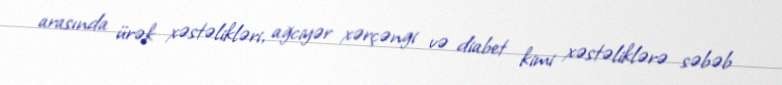
arasında ürək xəstəlikləri, ağciyər xərçəngi və diabet kimi xəstəliklərə səbəb